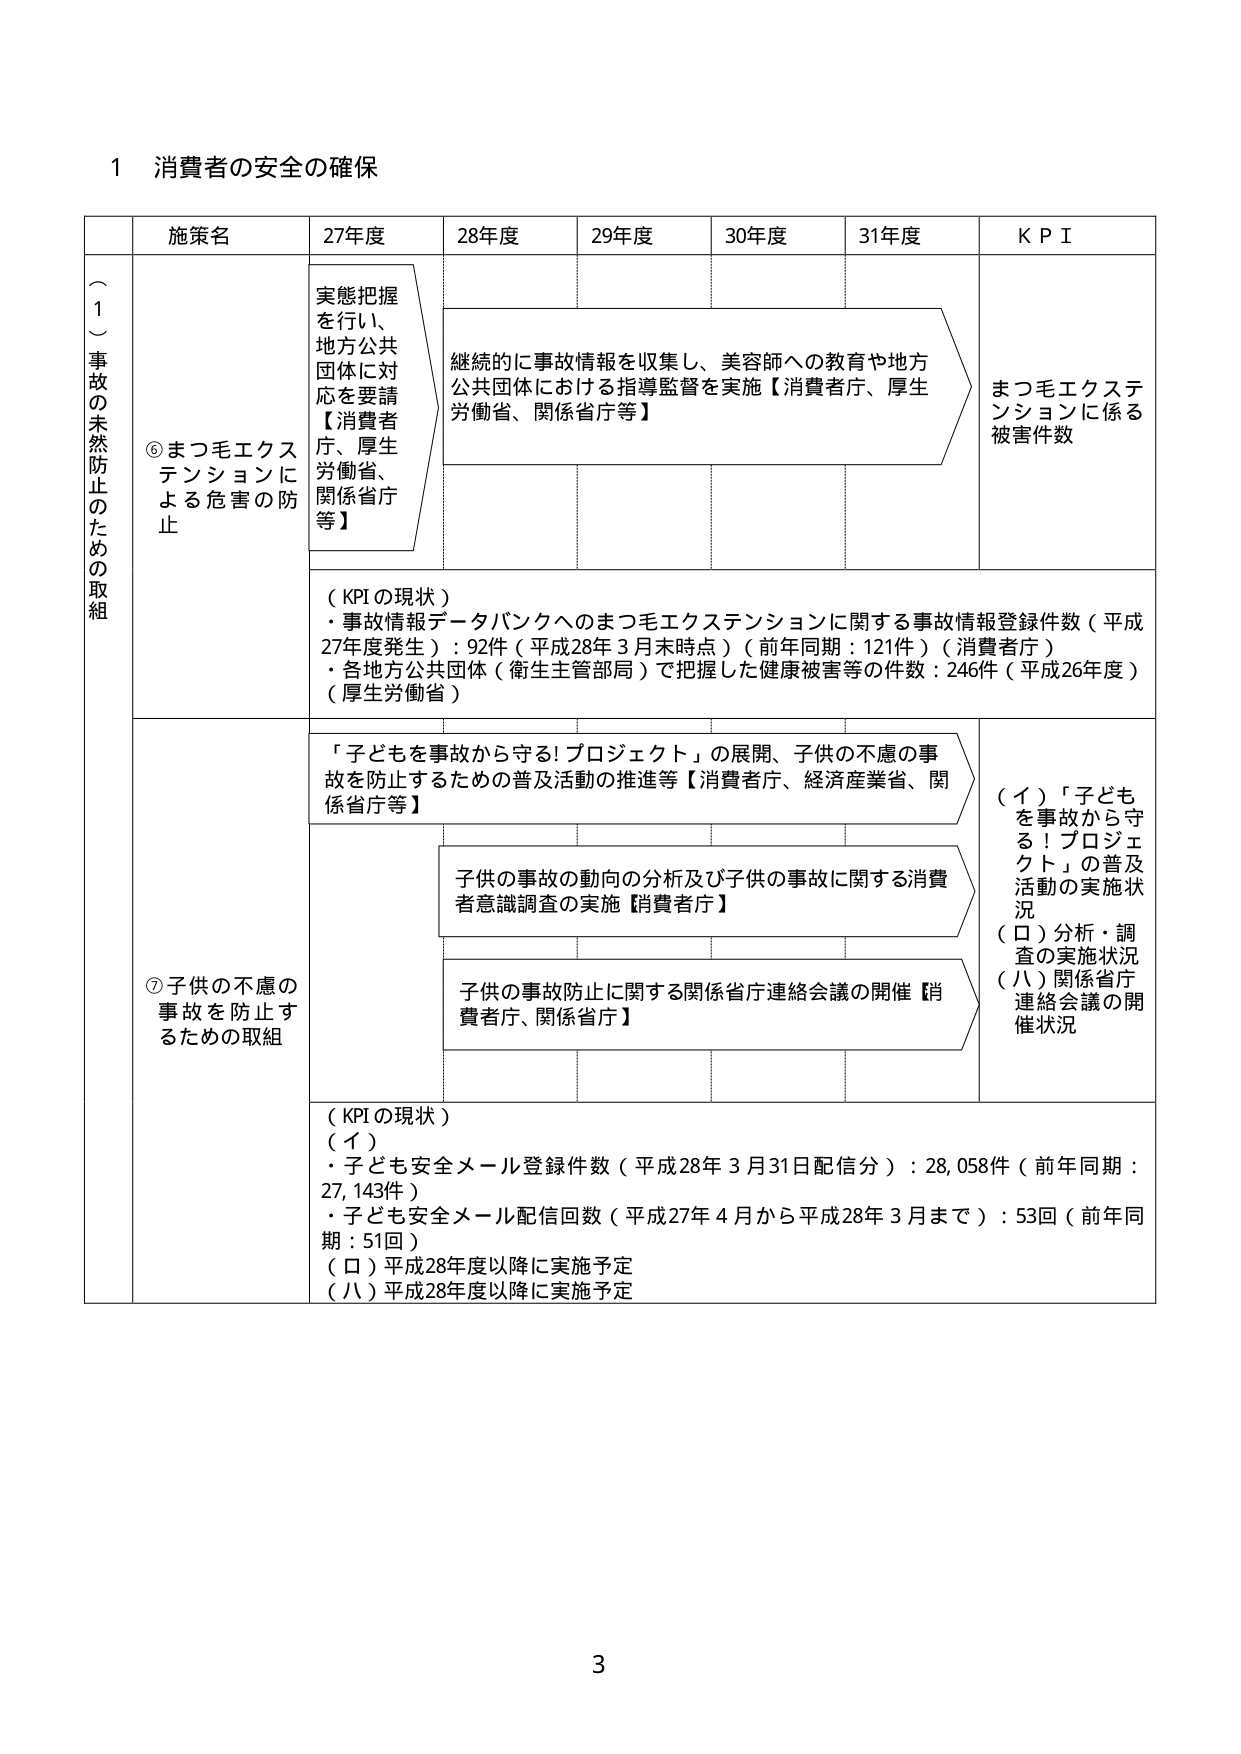
1 消費者の安全の確保

（１）事故の未然防止のための取組

施策名 27年度 28年度 29年度 30年度 31年度 KPI

⑥まつ毛エクステンションによる危害の防止
実態把握を行い、地方公共団体に対応を要請【消費者庁、厚生労働省、関係省庁等】
継続的に事故情報を収集し、美容師への教育や地方公共団体における指導監督を実施【消費者庁、厚生労働省、関係省庁等】
まつ毛エクステンションに係る被害件数

（KPIの現状）
・事故情報データバンクへのまつ毛エクステンションに関する事故情報登録件数（平成27年度発生）：92件（平成28年3月末時点）（前年同期：121件）（消費者庁）
・各地方公共団体（衛生主管部局）で把握した健康被害等の件数：246件（平成26年度）（厚生労働省）

⑦子供の不慮の事故を防止するための取組
「子どもを事故から守る!プロジェクト」の展開、子供の不慮の事故を防止するための普及活動の推進等【消費者庁、経済産業省、関係省庁等】
子供の事故の動向の分析及び子供の事故に関する消費者意識調査の実施【消費者庁】
子供の事故防止に関する関係省庁連絡会議の開催【消費者庁、関係省庁】

（イ）「子どもを事故から守る！プロジェクト」の普及活動の実施状況
（ロ）分析・調査の実施状況
（ハ）関係省庁連絡会議の開催状況

（KPIの現状）
（イ）
・子ども安全メール登録件数（平成28年3月31日配信分）：28,058件（前年同期：27,143件）
・子ども安全メール配信回数（平成27年4月から平成28年3月まで）：53回（前年同期：51回）
（ロ）平成28年度以降に実施予定
（ハ）平成28年度以降に実施予定

3